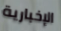
الإخبارية